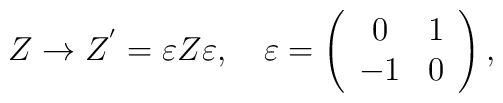
Z\rightarrow Z^{'}=\varepsilon Z \varepsilon,\quad\varepsilon=\left(\begin{array}{crc}0&1\\-1&0\\\end{array}\right),